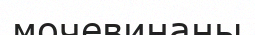
мочевинаны